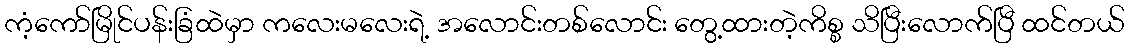
ကံ့ကော်မြိုင်ပန်းခြံထဲမှာ ကလေးမလေးရဲ့ အလောင်းတစ်လောင်း တွေ့ထားတဲ့ကိစ္စ သိပြီးလောက်ပြီ ထင်တယ်